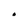
Character: 0